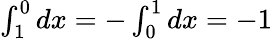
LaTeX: \textstyle{\int_{1}^{0}dx=-\int_{0}^{1}dx=-1}